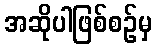
အဆိုပါဖြစ်စဉ်မှ